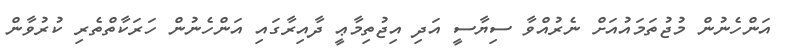
އަންހެނުން މުޖުތަމައުއަށް ނެރުއްވާ ސިޔާސީ އަދި އިޖުތިމާޢީ ދާއިރާގައި އަންހެނުން ހަރަކާތްތެރި ކުރުވާން